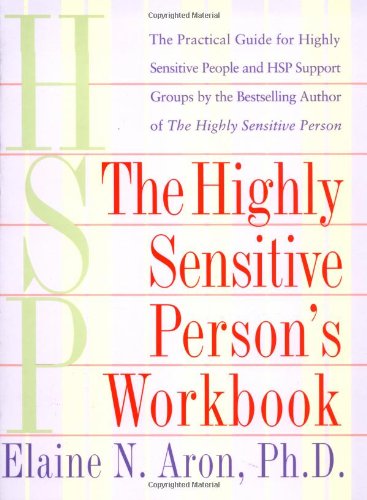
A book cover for The Highly Sensitive Person's Workbook; Elaine Aron; Health, Fitness & Dieting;